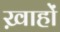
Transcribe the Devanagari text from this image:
ख़ाहों